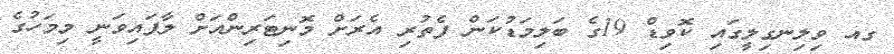
ގއ ވިލިނގިލީގައި ކޮވިޑް 19ގެ ބަލިމަޑުކަން ފެތުރި އެރަށް މޮނިޓަރިންއަށް ލާފައިވަނީ މިމަހުގެ